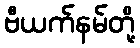
ဗီယက်နမ်တို့